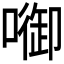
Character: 𭊷